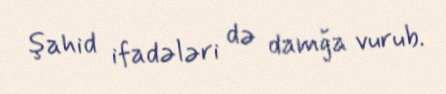
şahid ifadələri də damğa vurub.